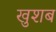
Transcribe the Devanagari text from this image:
खुशब